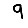
Digit: 9